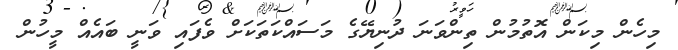
މިހެން މިކަން އޮތުމުން ތިންވަނަ ދުނިޔޭގެ މަސައްކަތަކަށް ވެފައި ވަނީ ބައެއް މީހުން